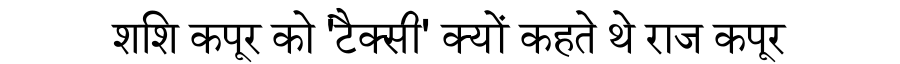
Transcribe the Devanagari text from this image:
शशि कपूर को 'टैक्सी' क्यों कहते थे राज कपूर